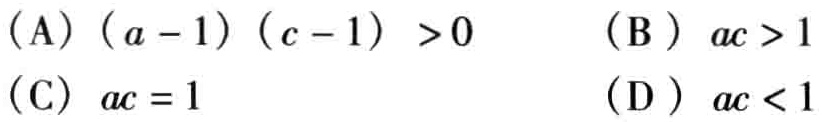
（A）\((a - 1)(c - 1) > 0\) （B）\(ac > 1\)
（C）\(ac = 1\) （D）\(ac < 1\)